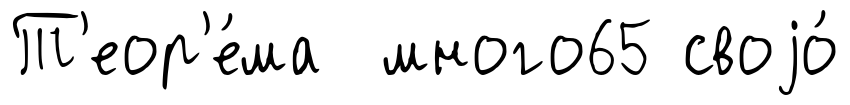
Т'еор'е́ма много65 своjо́